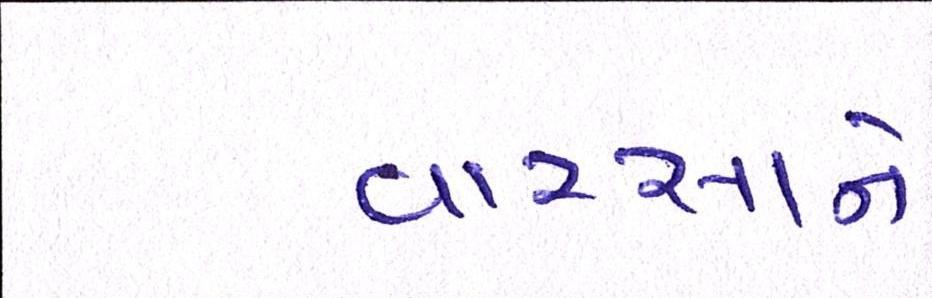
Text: વારસાને